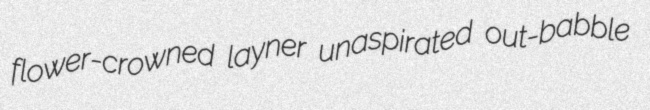
flower-crowned layner unaspirated out-babble